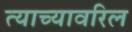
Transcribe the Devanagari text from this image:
त्याच्यावरिल